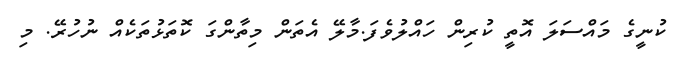
ކުނީގެ މަަައްސަލަ އޮތީ ކުރިން ހައްލުވެފަ.މާލޭ އެތަން މިތާންގަ ކޮތަޅުތަކެއް ނުހުރޭ. މި